Vaccination in Bombay 1889-1901 - 1889-1901
Year: 1889
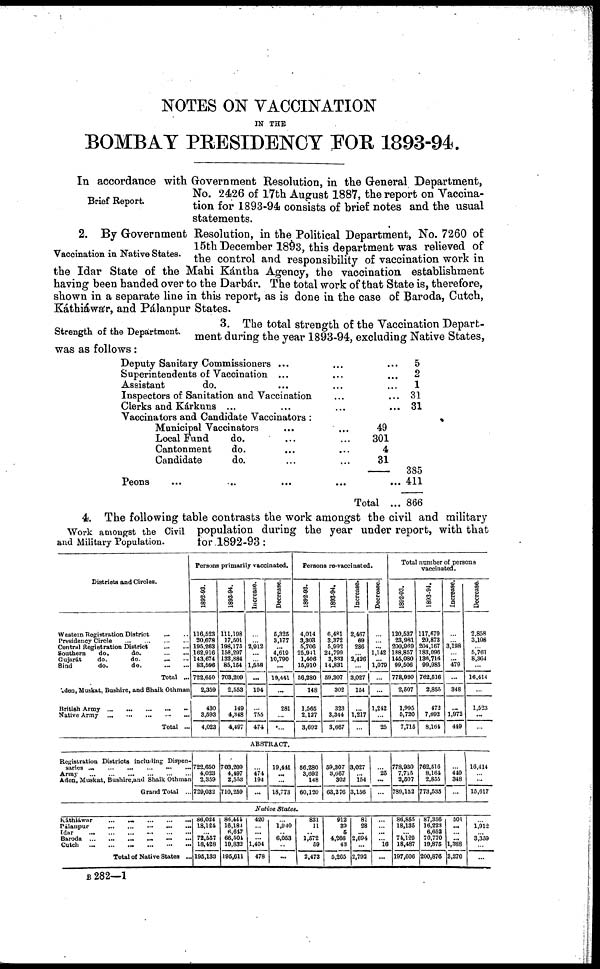
NOTES ON VACCINATION
IN THE
BOMBAY PRESIDENCY FOR 1893-94.
Brief Report.
In accordance with Government Resolution, in the General Department,
No. 2426 of 17th August 1887, the report on Vaccina-
tion for 1893-94 consists of brief notes and the usual
statements.
Vaccination in Native States.
2. By Government Resolution, in the Political Department, No. 7260 of
15th December 1893, this department was relieved of
the control and responsibility of vaccination work in
the Idar State of the Mahi Kántha Agency, the vaccination establishment
having been handed over to the Darbár. The total work of that State is, therefore,
shown in a separate line in this report, as is done in the case of Baroda, Cutch,
Káthiáwár, and Pálanpur States.
Strength of the Department.
3. The total strength of the Vaccination Depart-
ment during the year 1893-94, excluding Native States,
was as follows:
Deputy Sanitary Commissioners ... ... ...
Superintendents of Vaccination ... ... ...
Assistant
do. ... ... ...
Inspectors of Sanitation and Vaccination ... ...
Clerks and Kárkuns ... ... ... ...
5
2
1
31
31
Vaccinators and Candidate Vaccinators :
Municipal Vaccinators ... ...
Local Fund
do. ... ...
Cantonment
do. ... ...
Candidate
do. ... ...
Peons ... ... ... ... ...
49
301
4
31
385
411
Total ... 866
Work amongst the
and Military Population
4. The following table contrasts the work amongst the civil and military
Civil population during the year under report, with that
for 1892-93 :
Districts and Circles.
Western Registration District
...
...
Presidency Circle
...
...
...
...
Central Registration District
...
...
Southern
do.
do.
Gujarát
do.
do.
Sind
do.
do.
Total ...
Aden, Muskat, Bushire, and Shaik Othman
British Army ... ... ... ... ...
Native Army ... ... ... ... ...
Total ...
Persons primarily vaccinated.
1892-93.
116,523
20,678
195,263
162,916
143,674
83,596
722,650
2,359
430
3,593
4,023
1893-94.
111,198
17,501
198,175
158,297
132,884
85,154
703,209
2,553
149
4,348
4,497
Increase.
...
...
2,912
...
...
1,558
...
194
...
755
474
Decrease.
5,325
3,177
...
4,619
10,790
...
19,441
...
281
...
...
Persons re-vaccinated.
1892-93.
4,014
3,303
5,706
25,941
1,406
15,910
56,280
148
1,565
2,127
3,692
1893-94.
6,481
3,372
5,992
24,799
3,832
14,831
59,307
302
323
3,344
3,667
Increase.
2,467
69
286
...
2,426
...
3,027
154
...
1,217
...
Decrease.
...
...
...
1,142
...
1,079
...
...
1,242
...
25
Total number of persons
vaccinated.
1892-93.
120,537
23,981
200,969
188,857
145,080
99,506
778,930
2,507
1,995
5,720
7,715
1893-94.
117,679
20,873
204,167
183,096
136,716
99,985
762,516
2,855
472
7,692
8,164
Increase.
...
...
3,198
...
...
479
...
348
...
1,972
449
Decrease.
2,858
3,108
...
5,761
8,364
...
16,414
...
1,523
...
...
ABSTRACT.
Registration Districts including Dispen-
saries ...
...
...
...
...
...
Army
...
...
...
...
...
...
Aden, Muskat, Bushire,and Shaik Othman
Grand Total ...
722,650
4,023
2,359
729,032
703,209
4,497
2,553
710,259
...
474
194
...
19,441
...
...
18,773
56,280
3,692
148
60,120
59,307
3,667
302
63,276
3,027
...
154
3,156
...
25
...
...
778,930
7,715
2,507
789,153
762,516
8,164
2,855
773,535
...
449
348
...
16,414
...
...
15,617
Native
States.
Káthiáwar ... ... ... ... ...
Pálanpur
...
...
...
...
...
Idur ... ... ... ... ...
Baroda
...
...
...
...
...
Cutch
...
...
...
...
...
Total of Native States ...
86,024
18,121
...
72,557
18,428
195,133
84,441
16,184
6,647
66,501
19,832
195,611
420
...
...
...
1,404
478
...
1,940
...
6,053
...
...
831
11
...
1,572
59
2,473
912
39
5
4,266
43
5,265
81
28
...
2,694
...
2,792
...
...
...
...
16
...
86,865
18,135
...
74,129
18,487
197,606
87,356
16,223
6,652
70,770
19,875
200,876
501
...
...
...
l,388
3,270
...
1,912
...
3,359
...
...
B 282—1